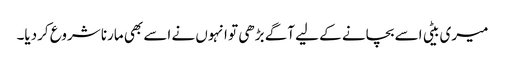
میری بیٹی اسے بچانے کے لیے آگے بڑھی تو انہوں نے اسے بھی مارنا شروع کردیا۔